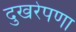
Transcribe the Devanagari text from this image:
दुखरेपणा